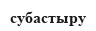
субастыру